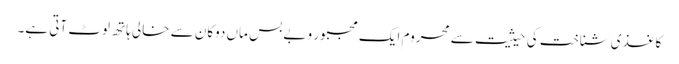
کاغذی شناخت کی حیثیت سے محروم ایک مجبور و بے بس ماں دوکان سے خالی ہاتھ لوٹ آتی ہے۔